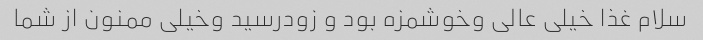
سلام غذا خیلی عالی وخوشمزه بود و زودرسید وخیلی ممنون از شما